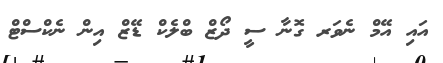
އައި އޭމް ނެވަރ ގޮނާ ސީ ދޯޒް ބްލެކް ޑޭޒް އިން ނެކްސްޓް